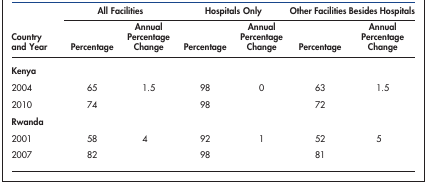
|  | <COLSPAN=2> All Facilities | <COLSPAN=2> Hospitals Only | <COLSPAN=2> Other Facilities Besides Hospitals |
 | Country and Year | Percentage | Annual Percentage Change | Percentage | Annual Percentage Change | Percentage | Annual Percentage Change |
 | --- | --- | --- | --- | --- | --- | --- |
 | Kenya |  |  |  |  |  |  |
 | 2004 | 65 | <ROWSPAN=2> 1.5 | 98 | <ROWSPAN=2> 0 | 63 | <ROWSPAN=2> 1.5 |
 | 2010 | 74 | 98 | 72 |
 | Rwanda |  |  |  |  |  |  |
 | 2001 | 58 | <ROWSPAN=2> 4 | 92 | <ROWSPAN=2> 1 | 52 | <ROWSPAN=2> 5 |
 | 2007 | 82 | 98 | 81 |